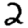
Digit: 2